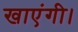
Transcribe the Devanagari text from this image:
खाएंगी।